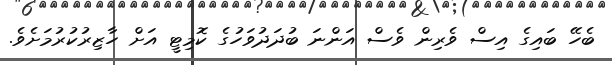
ބެހޭ ބައިގެ އިސް ވެރިން ވެސް އަންނަ ބުދަދުވަހުގެ ކޮމިޓީ އަށް ހާޒިރުކުރުމަށެވެ.